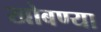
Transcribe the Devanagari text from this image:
खोबण्या